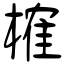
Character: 榷